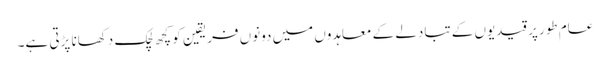
عام طور پر قیدیوں کے تبادلے کے معاہدوں میں دونوں فریقین کو کچھ لچک دکھانا پڑتی ہے۔